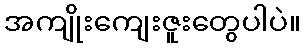
အကျိုးကျေးဇူးတွေပါပဲ။